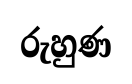
රුහුණ